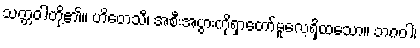
သတ္တဝါတို့၏။ ဟိတေသီ၊ အစီးအပွားကိုရှာတော်မူလေ့ရှိထသော။ ဘဂဝါ၊